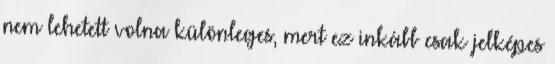
nem lehetett volna különleges, mert ez inkább csak jelképes